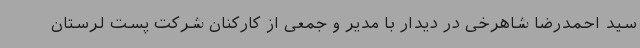
سید احمدرضا شاهرخی در دیدار با مدیر و جمعی از کارکنان شرکت پست لرستان